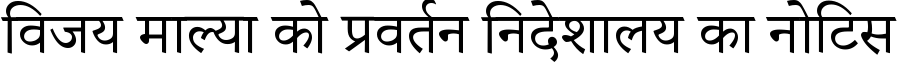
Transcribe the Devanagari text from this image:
विजय माल्या को प्रवर्तन निदेशालय का नोटिस